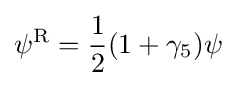
\psi ^{\rm {R}}={\frac {1}{2}}(1+\gamma _{5})\psi